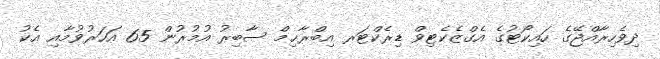
ދިވެހިރާއްޖޭގެ ހައިކޯޓުގެ އެގްޒެކެޓިވް ޑިރެކްޓަރ އިބްރާޙިމް ޞާބިރު އުމުރުން 65 އަހަރުވުމާއި އެކު